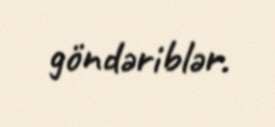
göndəriblər.